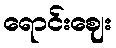
ရောင်းဈေး